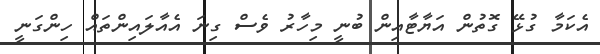
އެކަމާ ގުޅޭ ގޮތުން އަޔާޓާއިން ބުނީ މިހާރު ވެސް ގިނަ އެއާލައިންތައް ހިންގަނީ